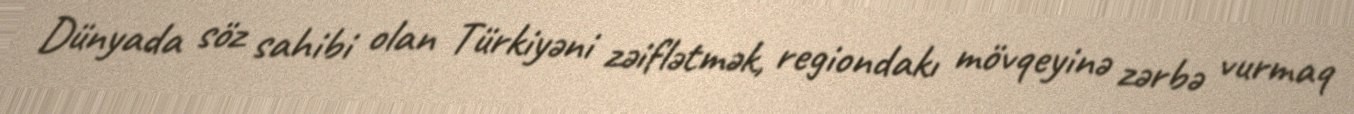
Dünyada söz sahibi olan Türkiyəni zəiflətmək, regiondakı mövqeyinə zərbə vurmaq